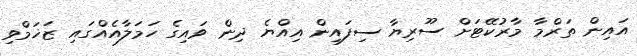
އައިން ތަރްމާ މާރުކޭޓަށް ސޫރިޔާ ސިފައިން އިއްޔެ ދިން ވައިގެ ހަމަލާއެއްގައި ޒަޚަމްވި